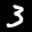
Label: 3